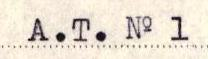
A.T. No 1